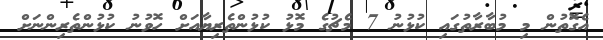
އެގޮތުން މި މުބާރާތުގައި ކުޅުނު 7 މެޗުގެ މޮޅު ކުޅުންތެރިޔާއަށް ހޮވުނު ކުޅުންތެރިންނަށް